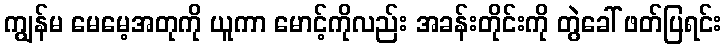
ကျွန်မ မေမေ့အတုကို ယူကာ မောင့်ကိုလည်း အခန်းတိုင်းကို တွဲခေါ် ဖတ်ပြရင်း